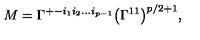
M = \Gamma ^ { + - i _ { 1 } i _ { 2 } \dots i _ { p - 1 } } \bigl ( \Gamma ^ { 1 1 } \bigr ) ^ { p / 2 + 1 } ,